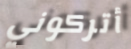
أتركوني